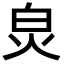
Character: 𤽈